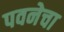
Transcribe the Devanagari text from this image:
पवनेचा